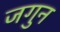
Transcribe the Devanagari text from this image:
जगुन